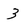
Character: 3